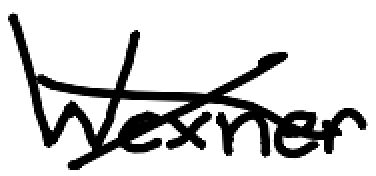
Text: Wexner
Cross-out: cross
Writing tool: digital_black